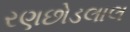
રણછોડલાલ